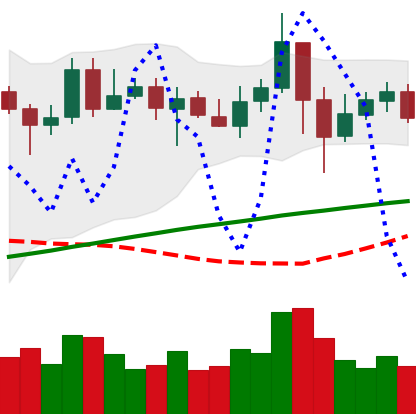
Ticker: LINK-USD
Chart end date: 2020-05-15
Forward return: 10.787%
Label: up_7plus